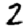
Digit: 2